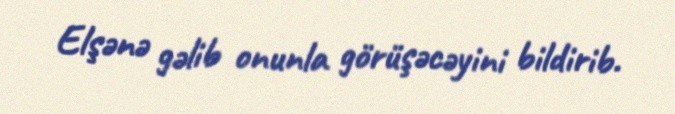
Elşənə gəlib onunla görüşəcəyini bildirib.